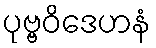
ပုဗ္ဗဝိဒေဟနံ